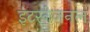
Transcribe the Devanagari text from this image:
इंटरनेज़नल